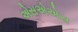
એસએએસ